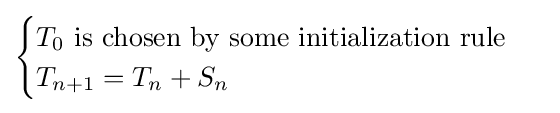
{\begin{cases}T_{0}{\text{ is chosen by some initialization rule }}\\T_{n+1}=T_{n}+S_{n}\end{cases}}